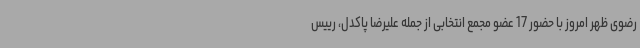
رضوی ظهر امروز با حضور 17 عضو مجمع انتخابی از جمله علیرضا پاکدل، رییس